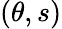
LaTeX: (\theta,s)